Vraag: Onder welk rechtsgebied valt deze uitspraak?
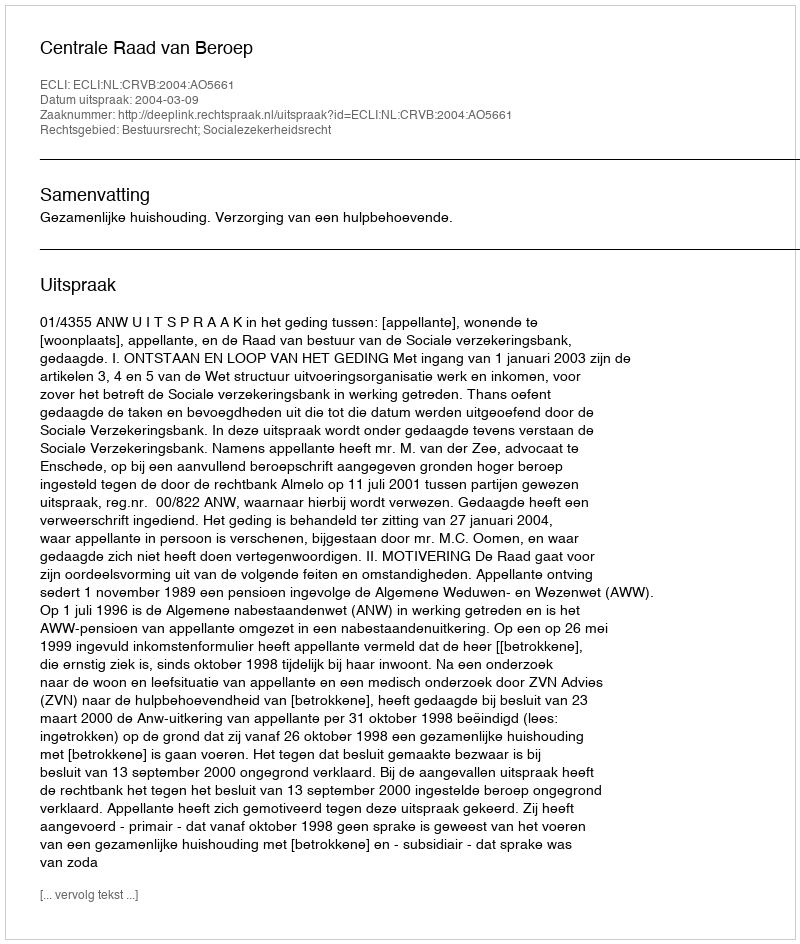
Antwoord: Bestuursrecht; Socialezekerheidsrecht